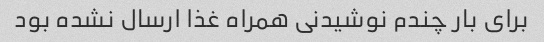
برای بار چندم نوشیدنی همراه غذا ارسال نشده بود